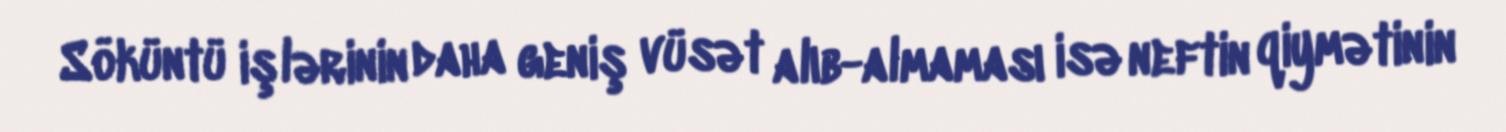
Söküntü işlərinin daha geniş vüsət alıb-almaması isə neftin qiymətinin